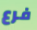
فرع